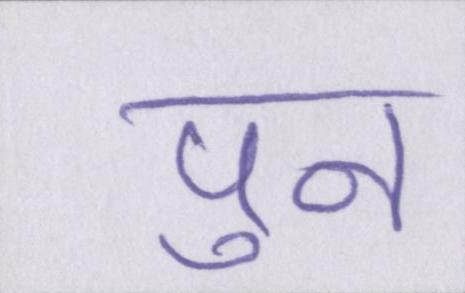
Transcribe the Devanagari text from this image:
पुन